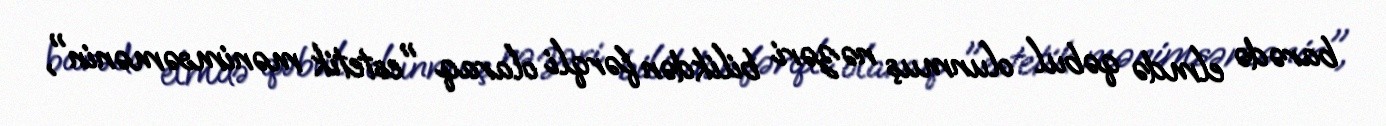
barədə elmdə qəbul olunmuş nəzəri bilikdən fərqli olaraq "estetik mənimsəmənin",